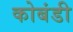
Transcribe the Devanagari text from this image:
कोबंडी